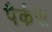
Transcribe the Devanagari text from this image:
पैर्कस